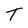
Character: T